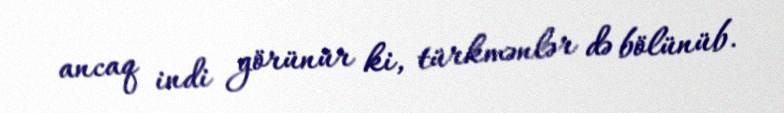
ancaq indi görünür ki, türkmənlər də bölünüb.